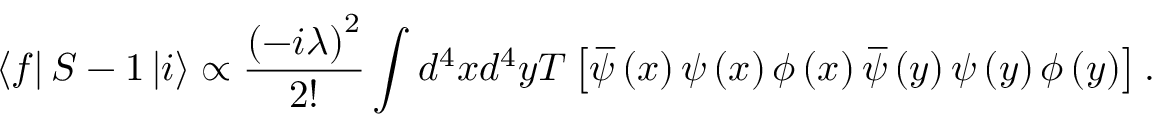
\left\langle f \right\vert S - 1 \left\vert i \right\rangle \propto \frac { \left( - i \lambda \right) ^ { 2 } } { 2 ! } \int d ^ { 4 } x d ^ { 4 } y T \left[ \, \overline { { \! { \psi } } } \left( x \right) \psi \left( x \right) \phi \left( x \right) \, \overline { { \! { \psi } } } \left( y \right) \psi \left( y \right) \phi \left( y \right) \right] .